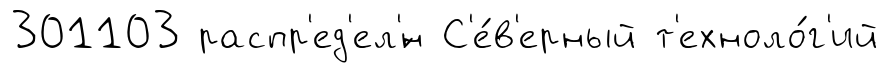
301103 распр'ед'ел'́н С'е́в'ерный т'ехноло́г'ий